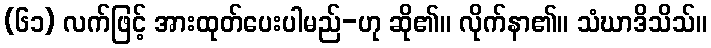
(၆၁) လက်ဖြင့် အားထုတ်ပေးပါမည်-ဟု ဆို၏။ လိုက်နာ၏။ သံဃာဒိသိသ်။